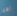
اهلا